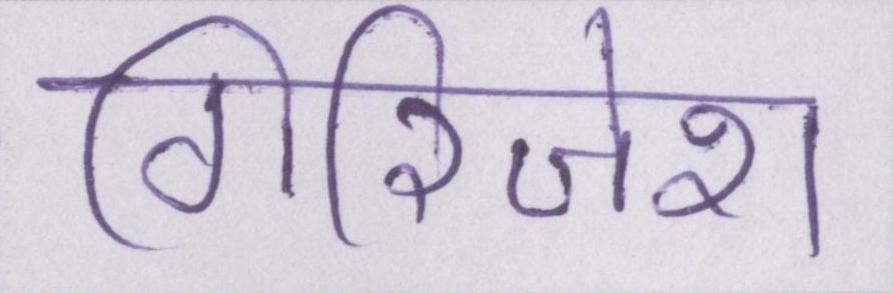
गिरिजेश